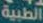
الطبية